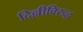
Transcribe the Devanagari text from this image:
दिल्लीविरुद्ध